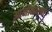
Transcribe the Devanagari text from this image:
आनीमाल्या